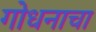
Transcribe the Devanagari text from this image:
गोधनाचा